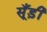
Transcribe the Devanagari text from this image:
सूँड़ी